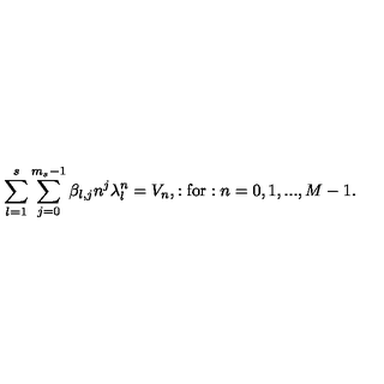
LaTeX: \displaystyle \sum _ { l = 1 } ^ { s } \displaystyle \sum _ { j = 0 } ^ { m _ { s } - 1 } \beta _ { l , j } n ^ { j } \lambda _ { l } ^ { n } = V _ { n } , : \mathrm { f o r } : n = 0 , 1 , . . . , M - 1 .